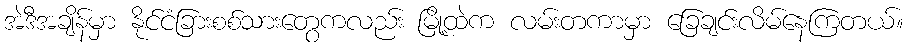
အဲဒီအချိန်မှာ နိုင်ငံခြားစစ်သားတွေကလည်း မြို့ထဲက လမ်းတကာမှာ ခြေချင်းလိမ်နေကြတယ်။